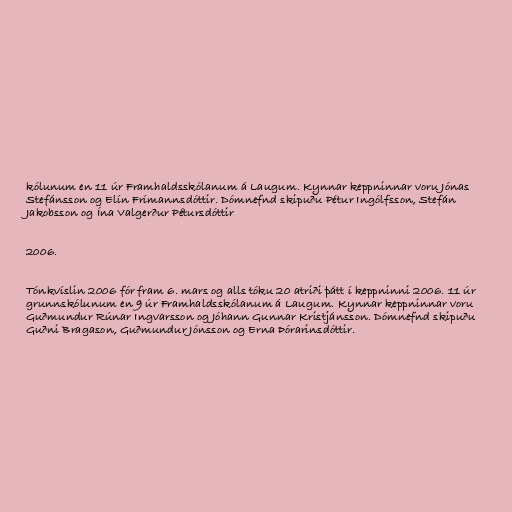
kólunum en 11 úr Framhaldsskólanum á Laugum. Kynnar keppninnar voru Jónas
Stefánsson og Elín Frímannsdóttir. Dómnefnd skipuðu Pétur Ingólfsson, Stefán
Jakobsson og Ína Valgerður Pétursdóttir

2006.

Tónkvíslin 2006 fór fram 6. mars og alls tóku 20 atriði þátt í keppninni 2006. 11 úr
grunnskólunum en 9 úr Framhaldsskólanum á Laugum. Kynnar keppninnar voru
Guðmundur Rúnar Ingvarsson og Jóhann Gunnar Kristjánsson. Dómnefnd skipuðu
Guðni Bragason, Guðmundur Jónsson og Erna Þórarinsdóttir.